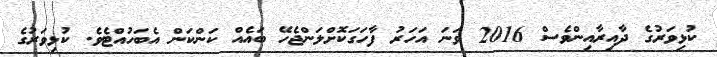
ކުޅިވަރުގެ ދާއިރާއިންވެސް 2016 ވަނަ އަހަރު ފާހަގަކޮށްލަންޖެހޭ ބައެއް ކަންކަން އެބަހުއްޓެވެ. ކުޅިވަރުގެ